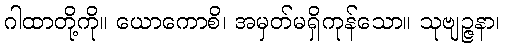
ဂါထာတို့ကို။ ယောကောစိ၊ အမှတ်မရှိကုန်သော။ သုဗျဉ္ဇနာ၊